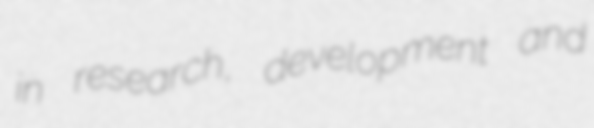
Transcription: in research, development and